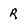
Character: R